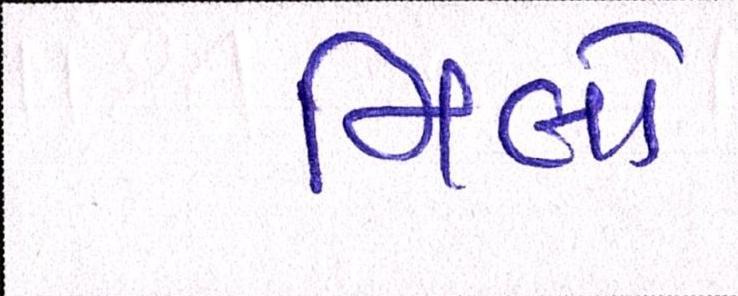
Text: મિલો